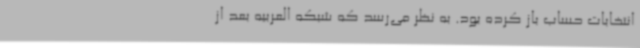
انتخابات حساب باز کرده بود. به نظر می‌رسد که شبکه العربیه بعد از